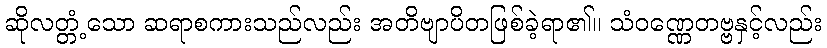
ဆိုလတ္တံ့သော ဆရာစကားသည်လည်း အတိဗျာပိတဖြစ်ခဲ့ရာ၏။ သံဝဏ္ဏေတဗ္ဗနှင့်လည်း